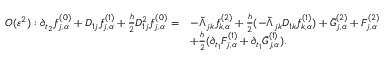
\begin{array} { r l } { O ( \varepsilon ^ { 2 } ) : \partial _ { t _ { 2 } } f _ { j , \alpha } ^ { ( 0 ) } + D _ { 1 j } f _ { j , \alpha } ^ { ( 1 ) } + \frac { h } { 2 } D _ { 1 j } ^ { 2 } f _ { j , \alpha } ^ { ( 0 ) } = } & { - \tilde { \Lambda } _ { j k } f _ { k , \alpha } ^ { ( 2 ) } + \frac { h } { 2 } ( - \tilde { \Lambda } _ { j k } D _ { 1 k } f _ { k , \alpha } ^ { ( 1 ) } ) + \bar { G } _ { j , \alpha } ^ { ( 2 ) } + F _ { j , \alpha } ^ { ( 2 ) } } \\ & { + \frac { h } { 2 } ( \partial _ { t _ { 1 } } F _ { j , \alpha } ^ { ( 1 ) } + \partial _ { t _ { 1 } } \bar { G } _ { j , \alpha } ^ { ( 1 ) } ) . } \end{array}